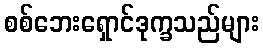
စစ်ဘေးရှောင်ဒုက္ခသည်များ